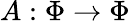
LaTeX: A:\Phi\rightarrow\Phi